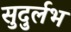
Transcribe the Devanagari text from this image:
सुदुर्लभ